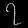
Digit: ၇